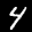
Label: 4